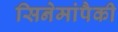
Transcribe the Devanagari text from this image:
सिनेमांपैकी